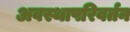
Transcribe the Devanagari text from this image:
अवस्थापरिवर्तन